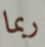
ربما